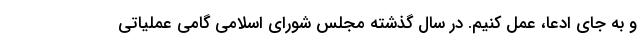
و به جای ادعا، عمل کنیم. در سال گذشته مجلس شورای اسلامی گامی عملیاتی